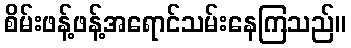
စိမ်းဖန့်ဖန့်အရောင်သမ်းနေကြသည်။